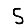
Digit: 5